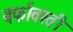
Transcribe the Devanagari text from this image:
बर्फावरती